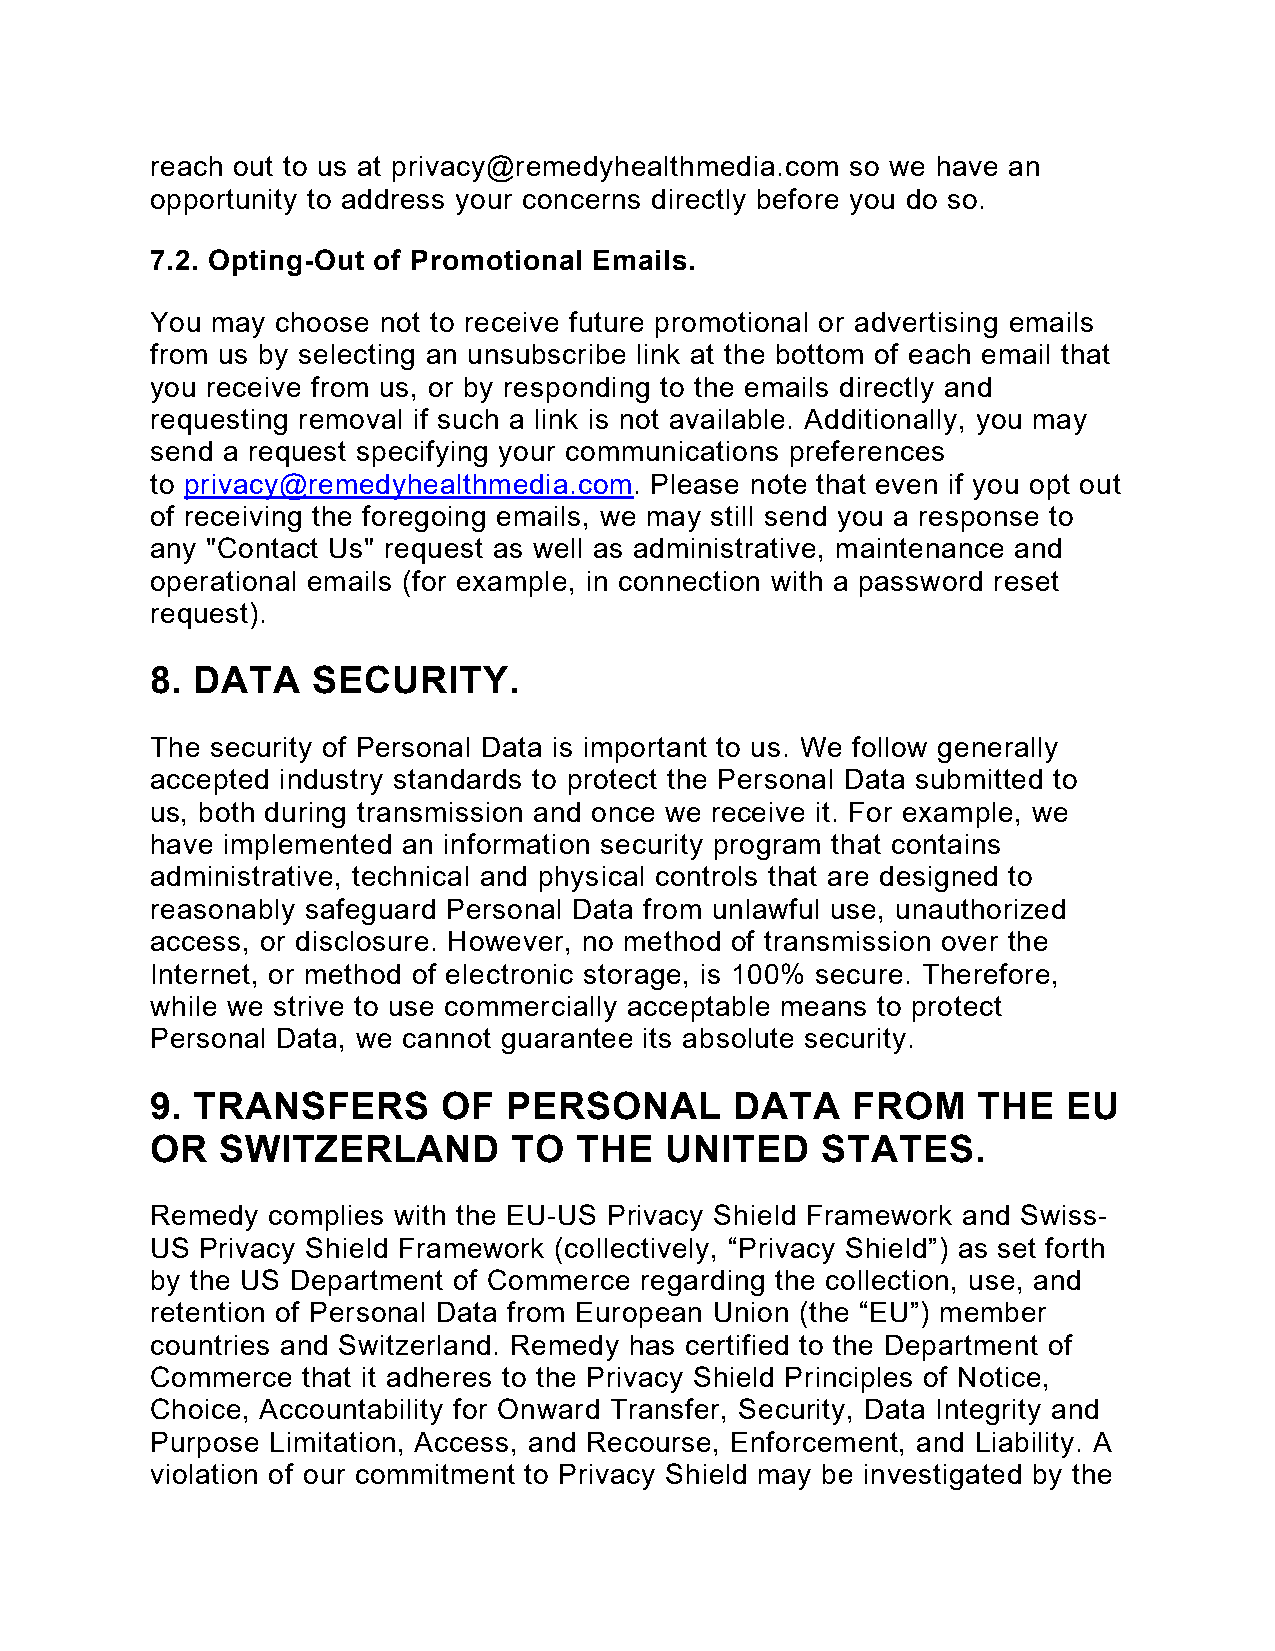
reach out to us at privacy@remedyhealthmedia.com so we have an
 opportunity to address your concerns directly before you do so.
 7.2. Opting-Out of Promotional Emails.
 You may choose not to receive future promotional or advertising emails
 from us by selecting an unsubscribe link at the bottom of each email that
 you receive from us, or by responding to the emails directly and
 requesting removal if such a link is not available. Additionally, you may
 send a request specifying your communications preferences
 to privacy@remedyhealthmedia.com. Please note that even if you opt out
 of receiving the foregoing emails, we may still send you a response to
 any "Contact Us" request as well as administrative, maintenance and
 operational emails (for example, in connection with a password reset
 request).
 8. DATA    SECURITY.
 The security of Personal Data is important to us. We follow generally
 accepted industry standards to protect the Personal Data submitted to
 us, both during transmission and once we receive it. For example, we
 have implemented an information security program that contains
 administrative, technical and physical controls that are designed to
 reasonably safeguard Personal Data from unlawful use, unauthorized
 access, or disclosure. However, no method of transmission over the
 Internet, or method of electronic storage, is 100% secure. Therefore,
 while we strive to use commercially acceptable means to protect
 Personal Data, we cannot guarantee its absolute security.
 9. TRANSFERS       OF   PERSONAL       DATA   FROM     THE   EU
 OR   SWITZERLAND        TO  THE   UNITED    STATES.
 Remedy  complies with the EU-US Privacy Shield Framework and Swiss-
 US Privacy Shield Framework (collectively, “Privacy Shield”) as set forth
 by the US Department of Commerce regarding the collection, use, and
 retention of Personal Data from European Union (the “EU”) member
 countries and Switzerland. Remedy has certified to the Department of
 Commerce  that it adheres to the Privacy Shield Principles of Notice,
 Choice, Accountability for Onward Transfer, Security, Data Integrity and
 Purpose Limitation, Access, and Recourse, Enforcement, and Liability. A
 violation of our commitment to Privacy Shield may be investigated by the